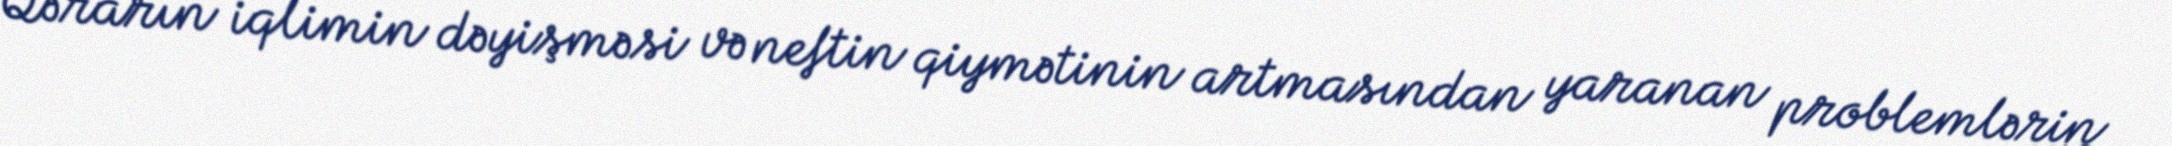
Qərarın iqlimin dəyişməsi və neftin qiymətinin artmasından yaranan problemlərin